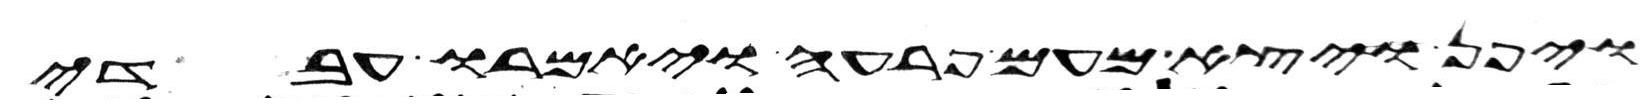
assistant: ויפן ויצא מעם פרעה ויאמרו עבדי